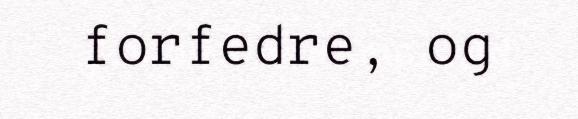
forfedre, og